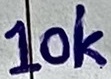
Text: 10K